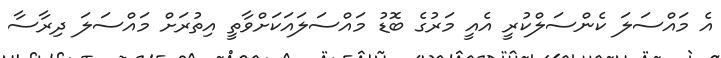
އެ މައްސަލަ ކެންސަލްކުރީ އެއީ މަރުގެ ބޮޑު މައްސަލައަކަށްވާތީ އިތުރަށް މައްސަލަ ދިރާސާ